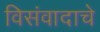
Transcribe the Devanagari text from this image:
विसंवादाचे